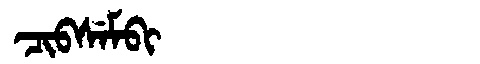
Manchu: ᠴᡳᠪᠰᡝᠮᠪᡳ
Romanization: CIBSEMBI